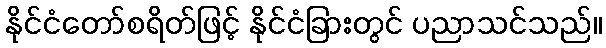
နိုင်ငံတော်စရိတ်ဖြင့် နိုင်ငံခြားတွင် ပညာသင်သည်။